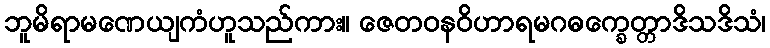
ဘူမိရာမဏေယျကံဟူသည်ကား။ ဇေတဝနဝိဟာရမဂဓက္ခေတ္တာဒိသဒိသံ၊